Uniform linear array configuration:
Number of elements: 12
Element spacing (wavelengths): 1
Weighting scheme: kaiser
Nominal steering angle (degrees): -30
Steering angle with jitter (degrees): -31.282
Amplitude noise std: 0.05
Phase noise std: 0.05

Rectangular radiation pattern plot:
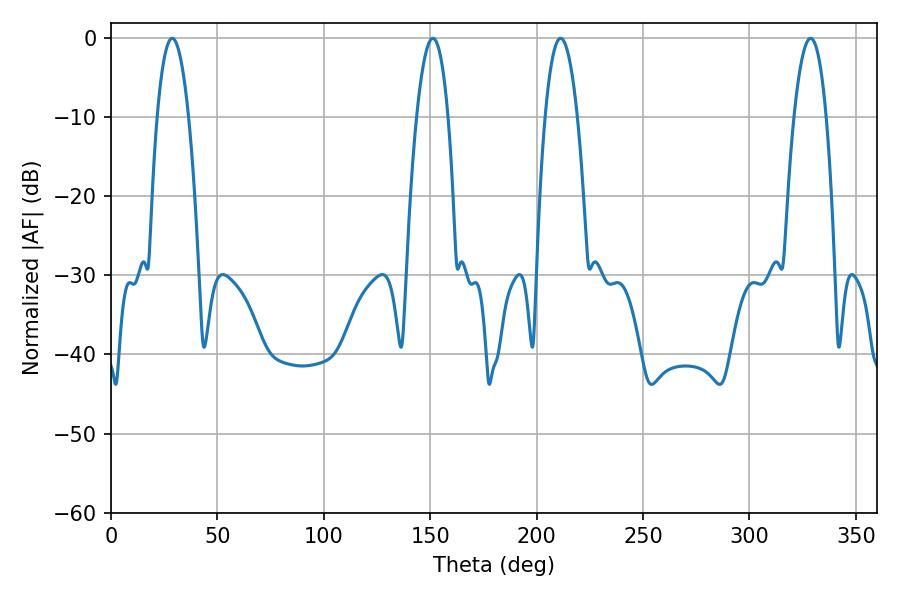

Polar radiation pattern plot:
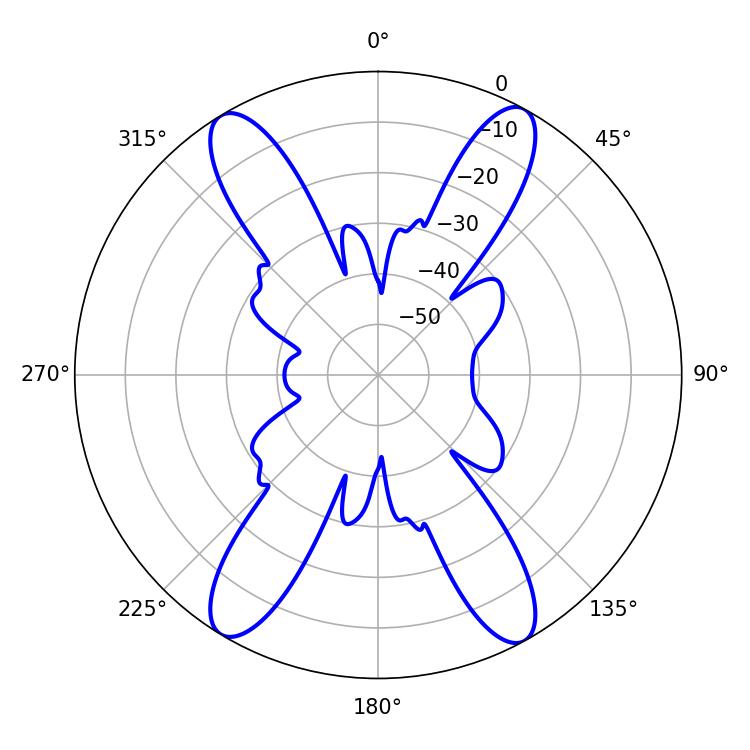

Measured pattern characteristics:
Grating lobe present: TRUE
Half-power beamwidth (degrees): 8.1
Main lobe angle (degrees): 28.8